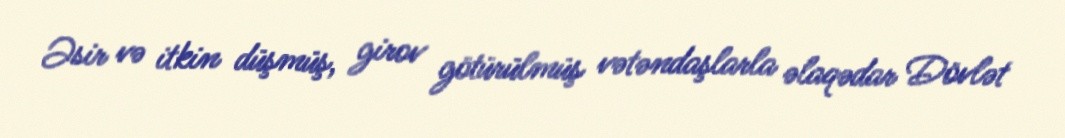
Əsir və itkin düşmüş, girov götürülmüş vətəndaşlarla əlaqədar Dövlət